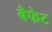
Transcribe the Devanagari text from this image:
बैफेट